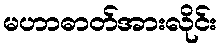
မဟာဓာတ်အားလိုင်း